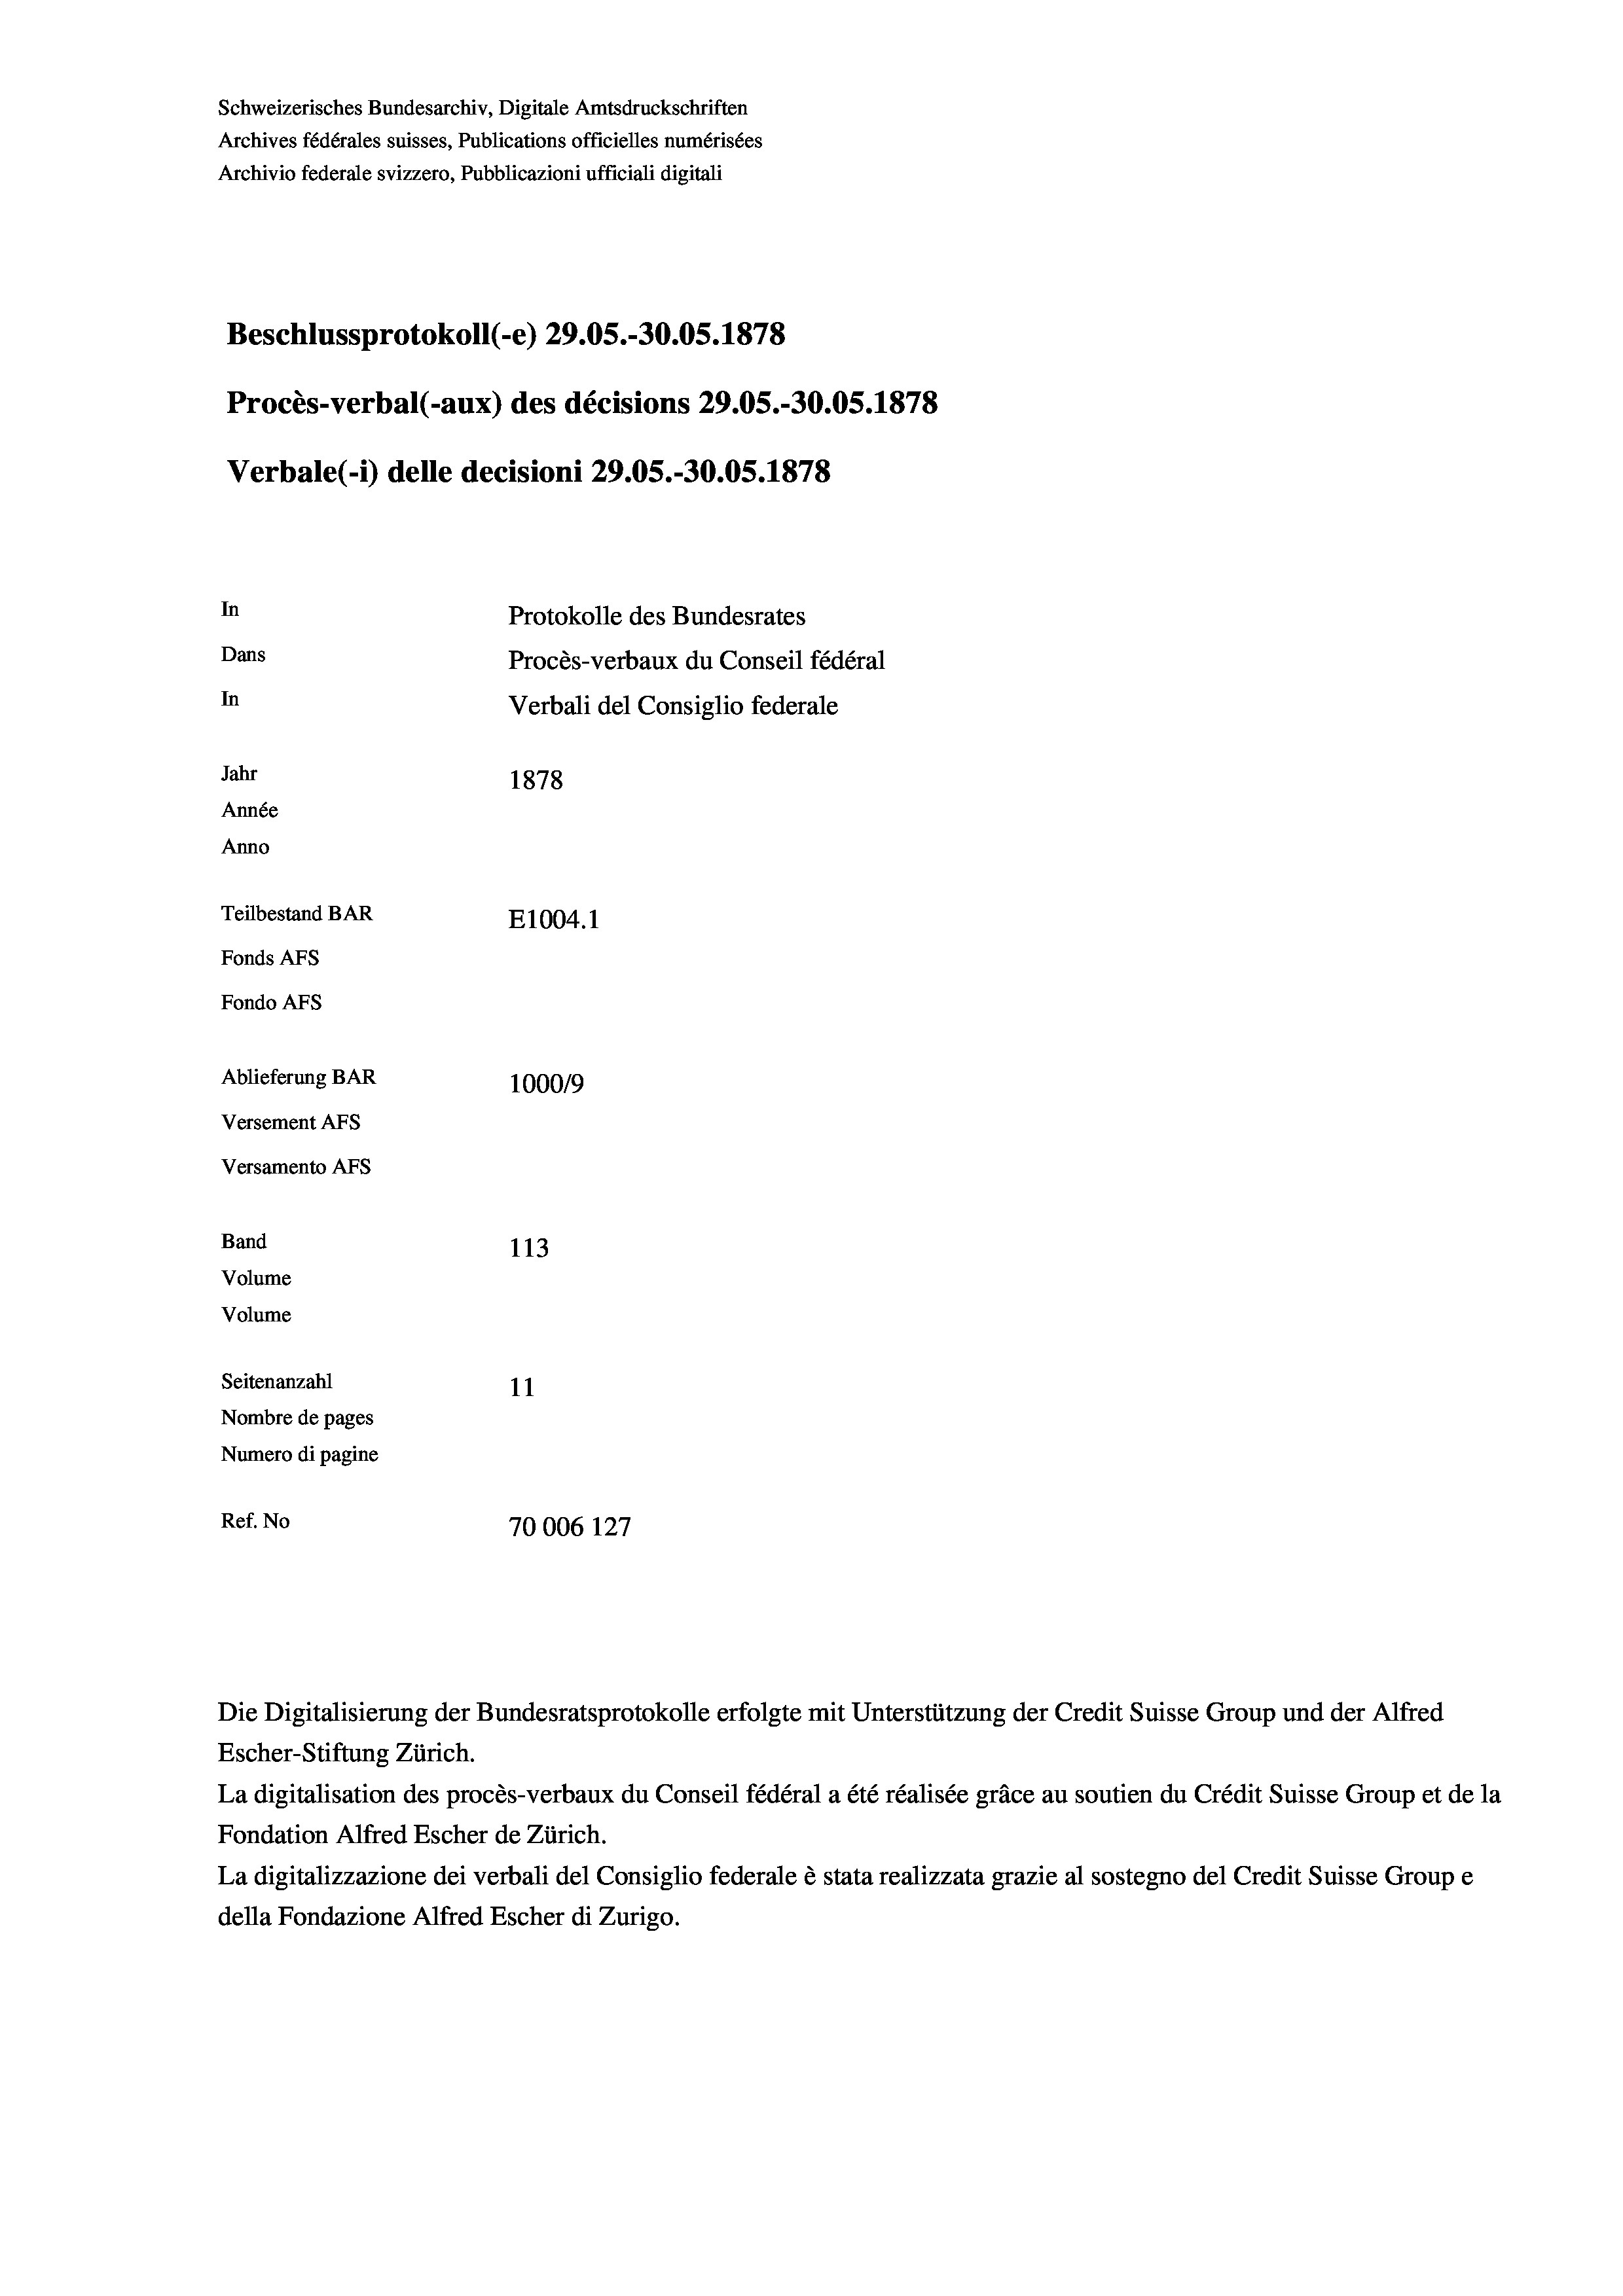
Beschlussprotokoll (-e) 29.05.-30.05. 1878
Procès-verbal (-aux) des décisions 29.05.-30.05. 1878
In
Protokolle des Bundesrates
Dans
Procès-verbaux du Conseil fédéral
In
Verbali del Consiglio federale
Jahr
1878
Année
Anno
Teilbestand BAR
E1004.1
Fonds AFs
Fondo Afs
Ablieferung BAR
100019
Versement AFs
Versamento AFS
Band
113
Volume
Volume

Schweizerisches Bundesarchiv, Digitale Amtsdruckschriften
Archives fédérales suisses, Publications officielles numérisées
Archivio federale svizzero, Pubblicazioni ufficiali digitali

Verbale(-*) delle decisioni 29.05.-30.05. 1878

Seitenanzahl
11
Nombre de pages
Numero di pagine
Ref. No
70006 127

Escher-Stiftung Zürich.
La digitalisation des procès-verbaux du Conseil fédéral a été réalisée gräce au soutien du Crédit Suisse Group et de la
Fondation Alfred Escher de Zürich.
La digitalizzazione dei verbali del Consiglio federale è stata realizzata grazie al sostegno del Credit Suisse Groupe
della Fondazione Alfred Escher di Zurigo.

Die Digitalisierung der Bundesratsprotokolle erfolgte mit Unterstützung der Credit Suisse Group und der Alfred